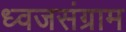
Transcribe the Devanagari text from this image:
ध्वजसंग्राम